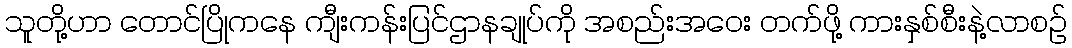
သူတို့ဟာ တောင်ပြိုကနေ ကျီးကန်းပြင်ဌာနချုပ်ကို အစည်းအဝေး တက်ဖို့ ကားနှစ်စီးနဲ့လာစဉ်